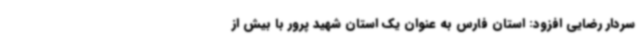
سردار رضایی افزود: استان فارس به عنوان یک استان شهید پرور با بیش از